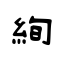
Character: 絢